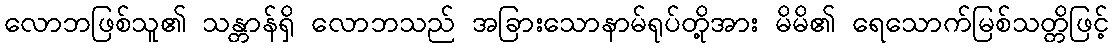
လောဘဖြစ်သူ၏ သန္တာန်ရှိ လောဘသည် အခြားသောနာမ်ရုပ်တို့အား မိမိ၏ ရေသောက်မြစ်သတ္တိဖြင့်